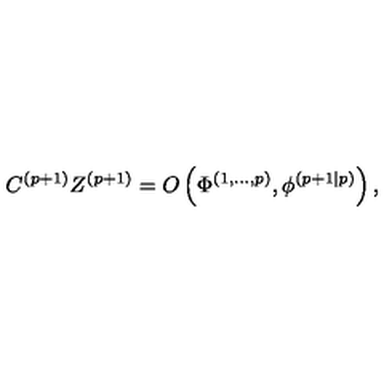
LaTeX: C ^ { ( p + 1 ) } Z ^ { ( p + 1 ) } = O \left( \Phi ^ { \left( 1 , . . . , p \right) } , \phi ^ { \left( p + 1 | p \right) } \right) ,